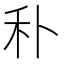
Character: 𥝒